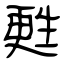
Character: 甦